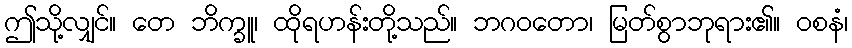
ဤသို့လျှင်။ တေ ဘိက္ခူ၊ ထိုရဟန်းတို့သည်။ ဘဂဝတော၊ မြတ်စွာဘုရား၏။ ဝစနံ၊